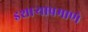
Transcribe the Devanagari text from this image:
इशार्‍याप्रमाणे